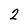
Character: 2